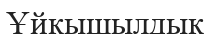
Ұйқышылдық